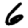
Digit: 6